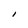
Character: I